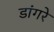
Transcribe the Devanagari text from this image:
डांगरे